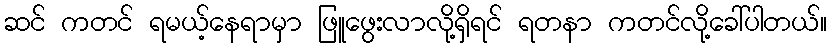
ဆင် ကတင် ရမယ့်နေရာမှာ ဖြူဖွေးလာလို့ရှိရင် ရတနာ ကတင်လို့ခေါ်ပါတယ်။